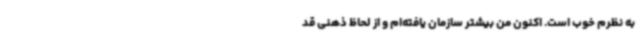
به نظرم خوب است. اکنون من بیشتر سازمان یافته‌ام و از لحاظ ذهنی قد